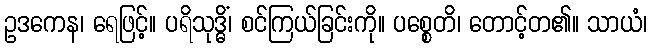
ဥဒကေန၊ ရေဖြင့်။ ပရိသုဒ္ဓိံ၊ စင်ကြယ်ခြင်းကို။ ပစ္စေတိ၊ တောင့်တ၏။ သာယံ၊